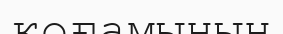
қоғамынын